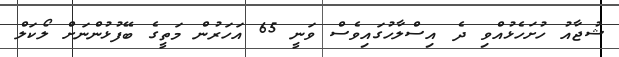
ޝުޖާއު ހުށަހެޅުއްވި ދެ އިސްލާހުގައިވެސް ވަނީ 65 އަހަރުން މަތީގެ ބޭފުޅުންނަށް ލޯކަލް